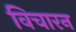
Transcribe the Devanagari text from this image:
विचारन